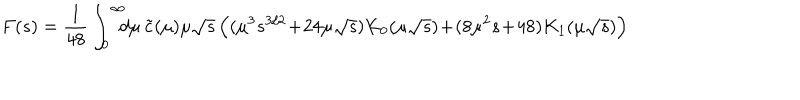
F ( s ) = \frac { 1 } { 4 8 } \int _ { 0 } ^ { \infty } \! \! \! d \mu \, \tilde { c } ( \mu ) \mu \sqrt { s } \left( ( { \mu } ^ { 3 } { s } ^ { 3 / 2 } \! + \! 2 4 \mu \sqrt { s } ) K _ { 0 } ( \mu \sqrt { s } ) \! + \! ( 8 \mu ^ { 2 } s \! + \! 4 8 ) K _ { 1 } ( \mu \sqrt { s } ) \right)